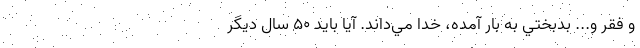
و فقر و... بدبختي به بار آمده، خدا مي‌داند. آيا بايد ۵۰ سال ديگر